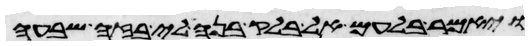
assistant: ויאמר בלעם אל בלק בנה לי בזה שבעה